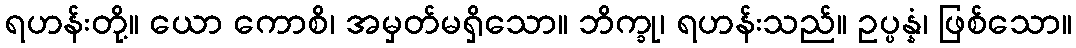
ရဟန်းတို့။ ယော ကောစိ၊ အမှတ်မရှိသော။ ဘိက္ခု၊ ရဟန်းသည်။ ဥပ္ပန္နံ၊ ဖြစ်သော။